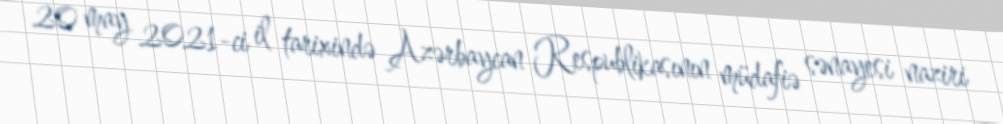
20 may 2021-ci il tarixində Azərbaycan Respublikasının müdafiə sənayesi naziri